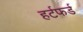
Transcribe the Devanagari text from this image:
हर्टफर्ड